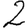
Digit: 2